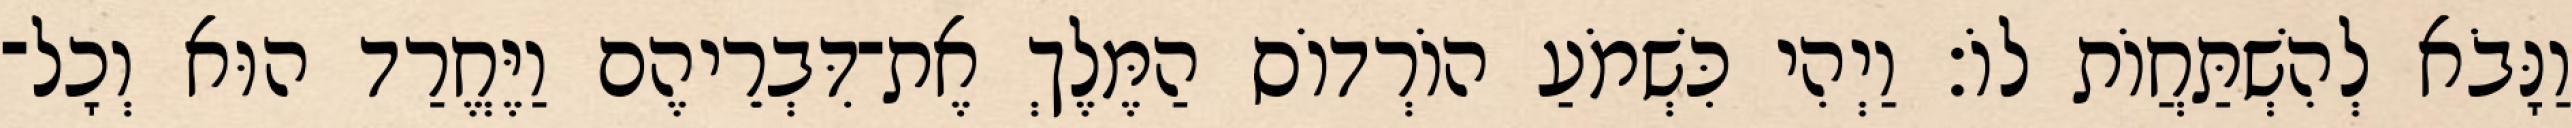
וַנָּבֹא לְהִשְׁתַּחֲוֹת לוֹ׃ וַיְהִי כִּשְׁמֹעַ הוֹרְדוֹס הַמֶּלֶךְ אֶת־דִּבְרֵיהֶם וַיֶּחֱרַד הוּא וְכָל־